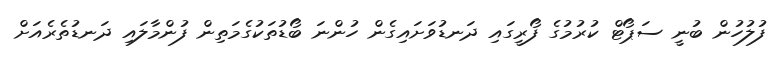
ފުލުހުން ބުނީ ސަޕޯޓް ކުރުމުގެ ފޯރީގައި ދަނޑުވަށައިގެން ހުންނަ ބޯޑުތަކުގެމަތިން ފުންމާލައި ދަނޑުތެރެއަށް